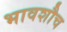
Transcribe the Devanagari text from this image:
भावशौच